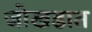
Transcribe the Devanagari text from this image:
जोखडात